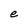
Character: e